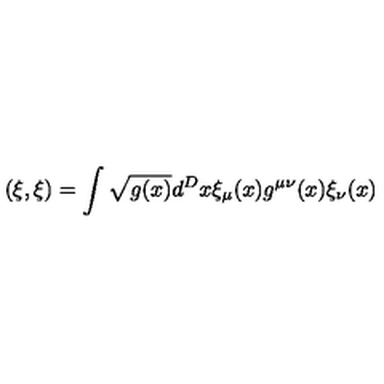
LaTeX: ( \xi , \xi ) = \int \sqrt { g ( x ) } d ^ { D } x \xi _ { \mu } ( x ) g ^ { \mu \nu } ( x ) \xi _ { \nu } ( x )